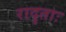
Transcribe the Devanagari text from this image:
रादृताः